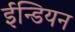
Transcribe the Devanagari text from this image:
ईन्डियन